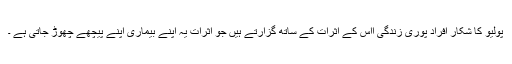
پولیو کا شکار افراد پوری زندگی ااس کے اثرات کے ساتھ گزارتے ہیں جو اثرات یہ اپنے بیماری اپنے پیچھے چھوڑ جاتی ہے ۔